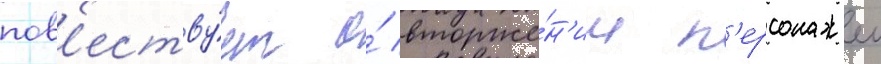
пов'еству́ет о́ вторже́н'ии п'ерсонажеи